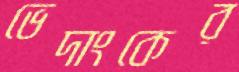
ভেদাংকের